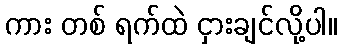
ကား တစ် ရက်ထဲ ငှားချင်လို့ပါ။